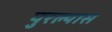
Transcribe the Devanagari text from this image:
पुरल्यास